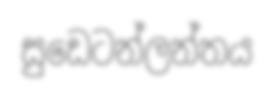
සුඩෙටන්ලන්තය